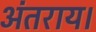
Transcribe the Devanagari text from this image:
अंतराय।